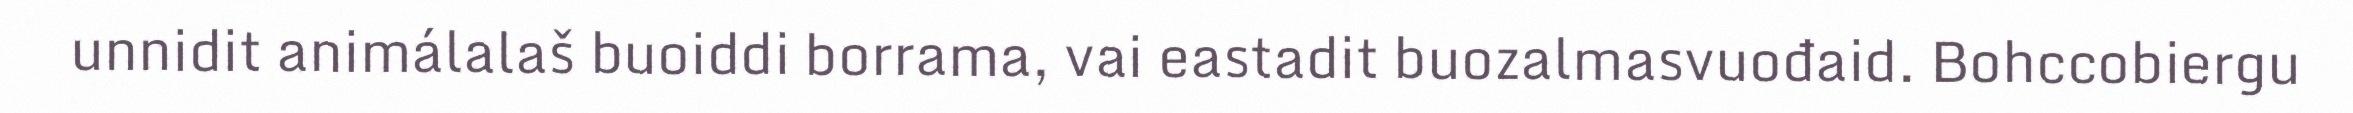
unnidit animálalaš buoiddi borrama, vai eastadit buozalmasvuođaid. Bohccobiergu